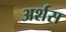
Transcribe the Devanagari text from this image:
अर्शस